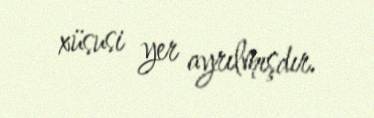
xüsusi yer ayrılmışdır.